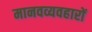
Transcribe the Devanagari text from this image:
मानवव्यवहारों